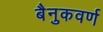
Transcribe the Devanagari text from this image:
बैनुकवर्ण